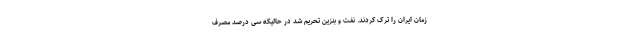
زمان ایران را ترک کردند. نفت و بنزین تحریم شد در حالیکه سی درصد مصرف